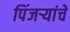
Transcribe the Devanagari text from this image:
पिंजऱ्यांचे